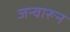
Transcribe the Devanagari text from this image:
जन्वारून